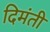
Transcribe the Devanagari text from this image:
दिमंती